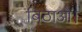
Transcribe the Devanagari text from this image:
बिठाओ।